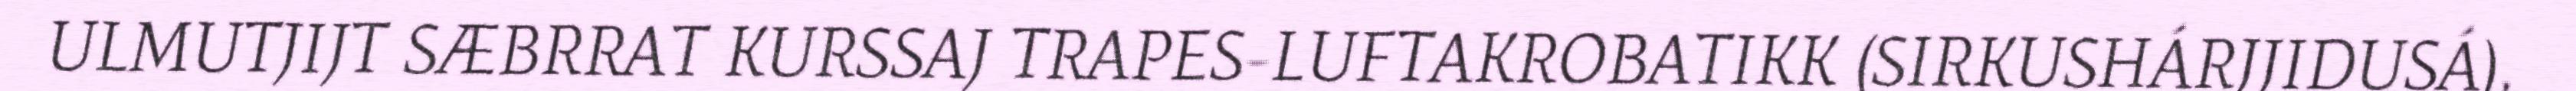
ULMUTJIJT SÆBRRAT KURSSAJ TRAPES-LUFTAKROBATIKK (SIRKUSHÁRJJIDUSÁ),